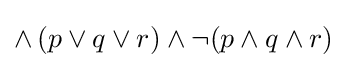
\land \,(p\lor q\lor r)\land \neg (p\land q\land r)